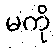
မကို